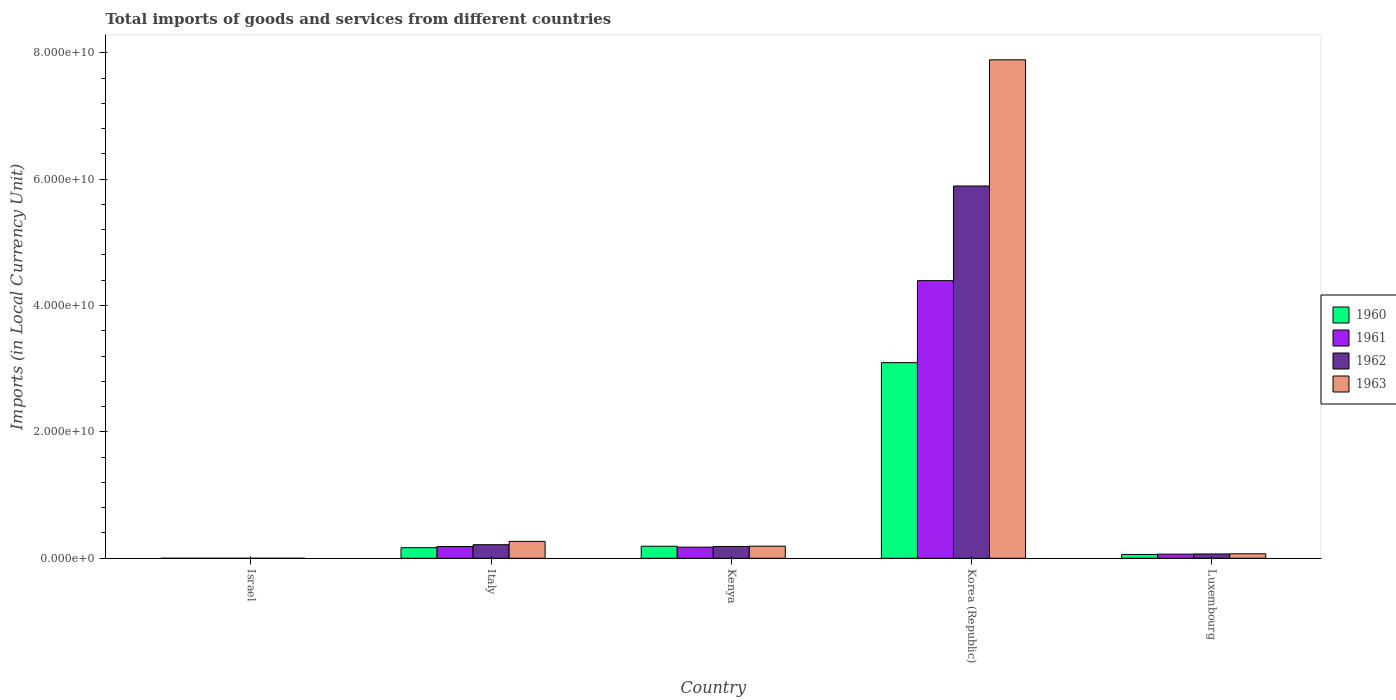
| Country | 1960 | 1961 | 1962 | 1963 |
 | --- | --- | --- | --- | --- |
 | Israel | 5.78e+04 | 7.04e+04 | 1.26e+05 | 1.44e+05 |
 | Italy | 1.67e+09 | 1.86e+09 | 2.15e+09 | 2.67e+09 |
 | Kenya | 1.9e+09 | 1.76e+09 | 1.87e+09 | 1.92e+09 |
 | Korea (Republic) | 3.1e+10 | 4.39e+10 | 5.89e+10 | 7.89e+10 |
 | Luxembourg | 6.02e+08 | 6.56e+08 | 6.82e+08 | 7.12e+08 |